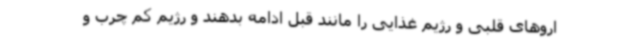
اروهای قلبی و رژیم غذایی را مانند قبل ادامه بدهند و رژیم کم چرب و